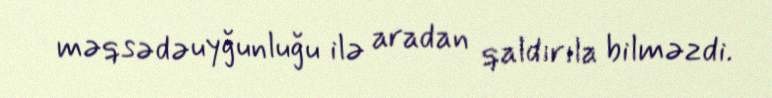
məqsədəuyğunluğu ilə aradan qaldırıla bilməzdi.